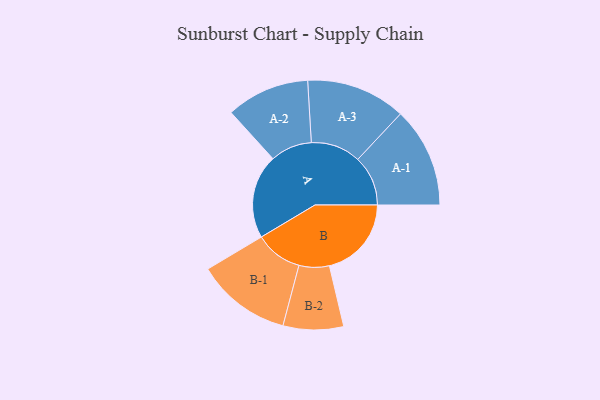
{"axis": {"x": "Segment", "y": "Value"}, "legend": ["", "A", "B"], "data": [{"x": "A", "y": 493, "type": ""}, {"x": "B", "y": 481, "type": ""}, {"x": "A-1", "y": 294, "type": "A"}, {"x": "A-2", "y": 244, "type": "A"}, {"x": "A-3", "y": 292, "type": "A"}, {"x": "B-1", "y": 278, "type": "B"}, {"x": "B-2", "y": 177, "type": "B"}]}